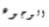
الوجوه